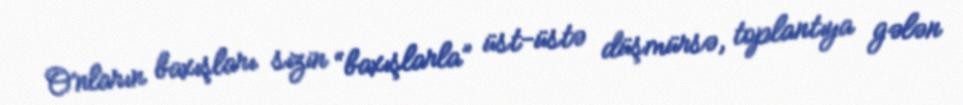
Onların baxışları sizin “baxışlarla” üst-üstə düşmürsə, toplantıya gələn